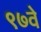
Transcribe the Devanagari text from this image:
९७वे